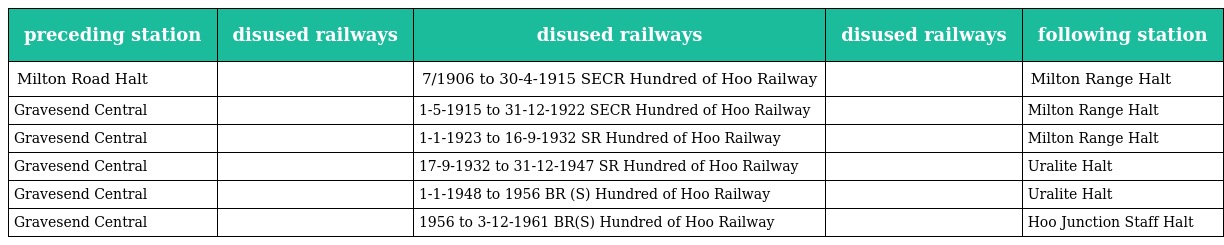
| preceding station | disused railways | disused railways | disused railways | following station |
 | --- | --- | --- | --- | --- |
 | Milton Road Halt |  | 7/1906 to 30-4-1915 SECR Hundred of Hoo Railway |  | Milton Range Halt |
 | Gravesend Central |  | 1-5-1915 to 31-12-1922 SECR Hundred of Hoo Railway |  | Milton Range Halt |
 | Gravesend Central |  | 1-1-1923 to 16-9-1932 SR Hundred of Hoo Railway |  | Milton Range Halt |
 | Gravesend Central |  | 17-9-1932 to 31-12-1947 SR Hundred of Hoo Railway |  | Uralite Halt |
 | Gravesend Central |  | 1-1-1948 to 1956 BR (S) Hundred of Hoo Railway |  | Uralite Halt |
 | Gravesend Central |  | 1956 to 3-12-1961 BR(S) Hundred of Hoo Railway |  | Hoo Junction Staff Halt |